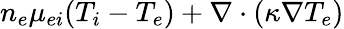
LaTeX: n_{e}\mu_{ei}(T_{i}-T_{e})+\nabla\cdot(\kappa\nabla T_{e})